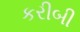
કરીબી